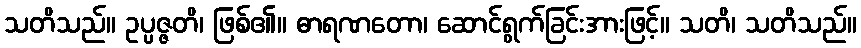
သတိသည်။ ဥပ္ပဇ္ဇတိ၊ ဖြစ်၏။ ဓာရဏတော၊ ဆောင်ရွက်ခြင်းအားဖြင့်။ သတိ၊ သတိသည်။